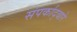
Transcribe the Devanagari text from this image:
संपर्काद्वारे